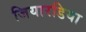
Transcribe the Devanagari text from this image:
जियारडिया